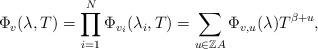
LaTeX: \begin{align*}\Phi_v(\lambda,T) = \prod_{i=1}^N \Phi_{v_i}(\lambda_i,T) = \sum_{u\in{\mathbb Z}A} \Phi_{v,u}(\lambda) T^{\beta+u},\end{align*}